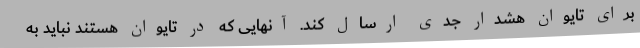
برای تایوان هشدار جدی ارسال کند. آنهایی که در تایوان هستند نباید به